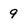
Character: 9